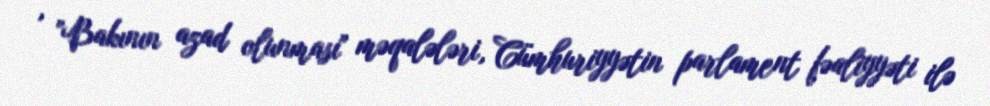
, "Bakının azad olunması" məqalələri, Cümhuriyyətin parlament fəaliyyəti ilə